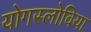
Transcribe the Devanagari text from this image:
योगस्लोविया